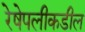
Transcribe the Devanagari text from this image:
रेषेपलीकडील